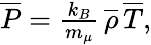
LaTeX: \begin{array}{r}{\overline{{P}}={\frac{k_{B}}{m_{\mu}}}\, \overline{{\rho}}\, \overline{{T}},}\end{array}